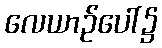
လေယာဉ်ပေါ်၌